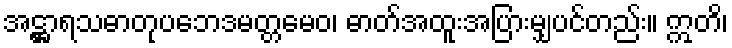
အဋ္ဌာရသဓာတုပဘေဒမတ္တမေဝ၊ ဓာတ်အထူးအပြားမျှပင်တည်း။ ဣတိ၊